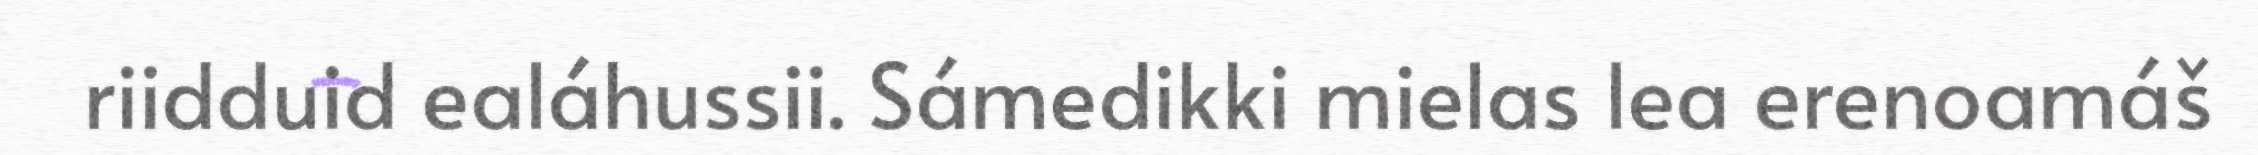
riidduid ealáhussii. Sámedikki mielas lea erenoamáš